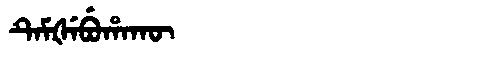
Manchu: ᡨᡝᠮᡧᡝᠪᡠᡥᠠᡴᡡ
Romanization: TEMŠEBUHAKŪ